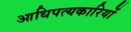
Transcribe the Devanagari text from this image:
आधिपत्यकारियों